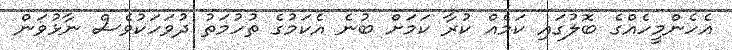
އެހެންމީހެއްގެ ބޮލުގައި ކަމެއް ކުރާ ކަމަށް ބުނެ އެކަމުގެ ތުހުމަތު ދުވަހަކުވެސް ނާޅުވަން